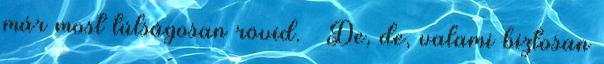
már most túlságosan rövid. – De, de, valami biztosan